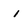
Character: i